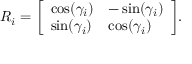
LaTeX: R _ { i } = { \left[ \begin{array} { l l } { \cos ( \gamma _ { i } ) } & { - \sin ( \gamma _ { i } ) } \\ { \sin ( \gamma _ { i } ) } & { \cos ( \gamma _ { i } ) } \end{array} \right] } .